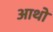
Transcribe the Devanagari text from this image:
आथो